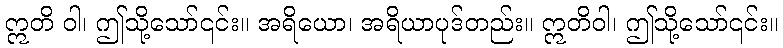
ဣတိ ဝါ၊ ဤသို့သော်၎င်း။ အရိယော၊ အရိယာပုဒ်တည်း။ ဣတိဝါ၊ ဤသို့သော်၎င်း။